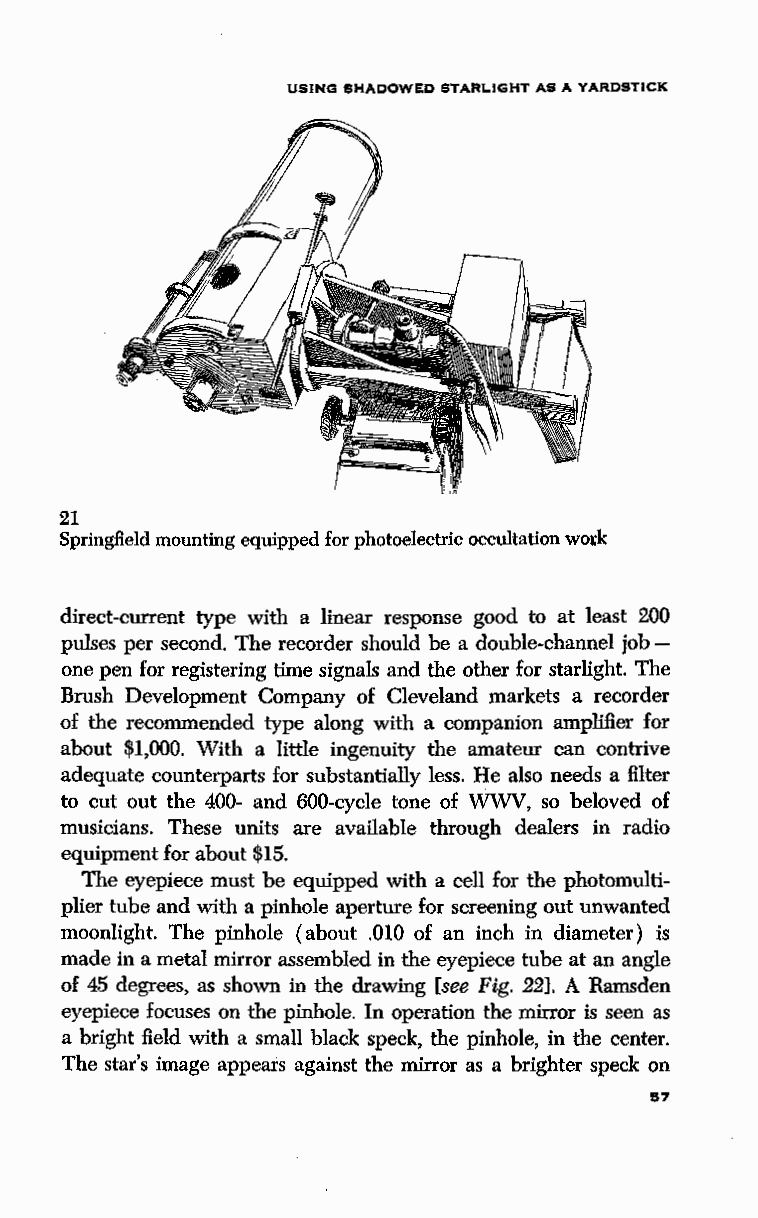
USING SHADOWED STARLIGHT AS A YARDSTICK
 21
 Springfield mounting equipped for photoelectric occultation wotk
 direct-current type with a linear response good to at least 200
 pulses per second. The recorder should be a double-channel job -
 one pen for registering time signals and the other for starlight. The
 Brush Development Company of Cleveland markets a recorder
 of the recommended type along with a companion amplifier for
 about $1,000. With a little ingenuity the amateur can contrive
 adequate counterparts for substantially less. He also needs a filter
 to cut out the 400- and 600-cycle tone of WWV, so beloved of
 musicians. These units are available through dealers in radio
 equipment for about $15.
 The eyepiece must be equipped with a cell for the photomulti
 plier tube and with a pinhole aperture for screening out unwanted
 moonlight. The pinhole (about .010 of an inch in diameter) is
 made in a metal mirror assembled in the eyepiece tube at an angle
 of 45 degrees, as shown in the drawing [see Fig. 22]. A Ramsden
 eyepiece focuses on the pinhole. In operation the mirror is seen as
 a bright field with a small black speck, the pinhole, in the center.
 The star's image appears against the mirror as a brighter speck on
 57